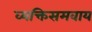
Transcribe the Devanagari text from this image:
व्यक्तिसमवाय